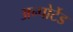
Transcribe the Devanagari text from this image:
अन्पोर्टेड